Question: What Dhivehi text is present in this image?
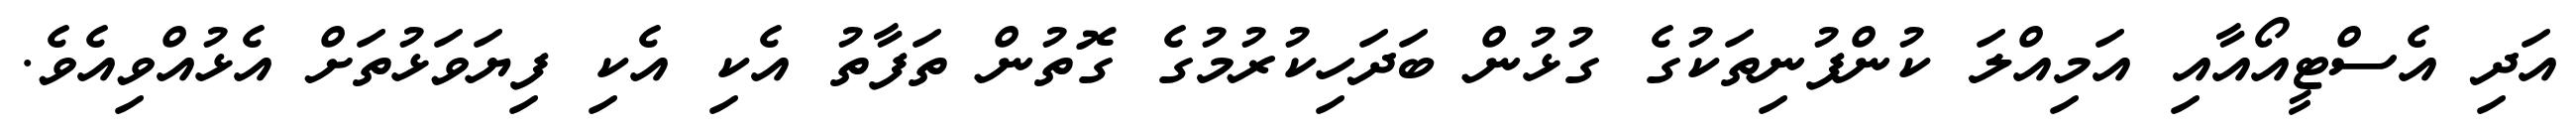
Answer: އަދި އެސްޓީއޯއާއި އަމިއްލަ ކުންފުނިތަކުގެ ގުޅުން ބަދަހިކުރުމުގެ ގޮތުން ތަފާތު އެކި އެކި ފިޔަވަޅުތަށް އެޅުއްވިއެވެ.